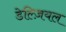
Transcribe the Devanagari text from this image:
डेल्ज़ियल